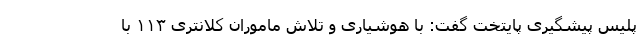
پلیس پیشگیری پایتخت گفت: با هوشیاری و تلاش ماموران کلانتری ۱۱۳ با